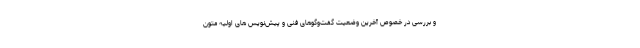
و بررسی در خصوص آخرین وضعیت گفت‌وگوهای فنی و پیش‌نویس های اولیه متون